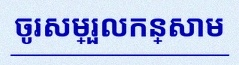
ចូរសម្រួលកន្សោម